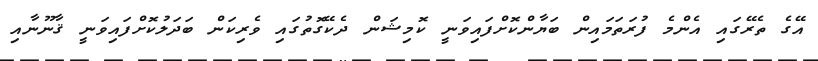
އޭގެ ތެރޭގައި އެންމެ ފުރަތަމައިން ބަޔާންކޮށްފައިވަނީ ކޮމިޝަން ދެކޭގޮތުގައި ވެރިކަން ބަދަލުކޮށްފައިވަނީ ޤާނޫނާއި